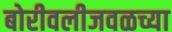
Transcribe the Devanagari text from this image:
बोरीवलीजवळच्या